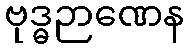
ဗုဒ္ဓဉာဏေန